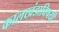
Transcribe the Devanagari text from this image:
कालखंडाविषयी